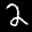
Label: 2